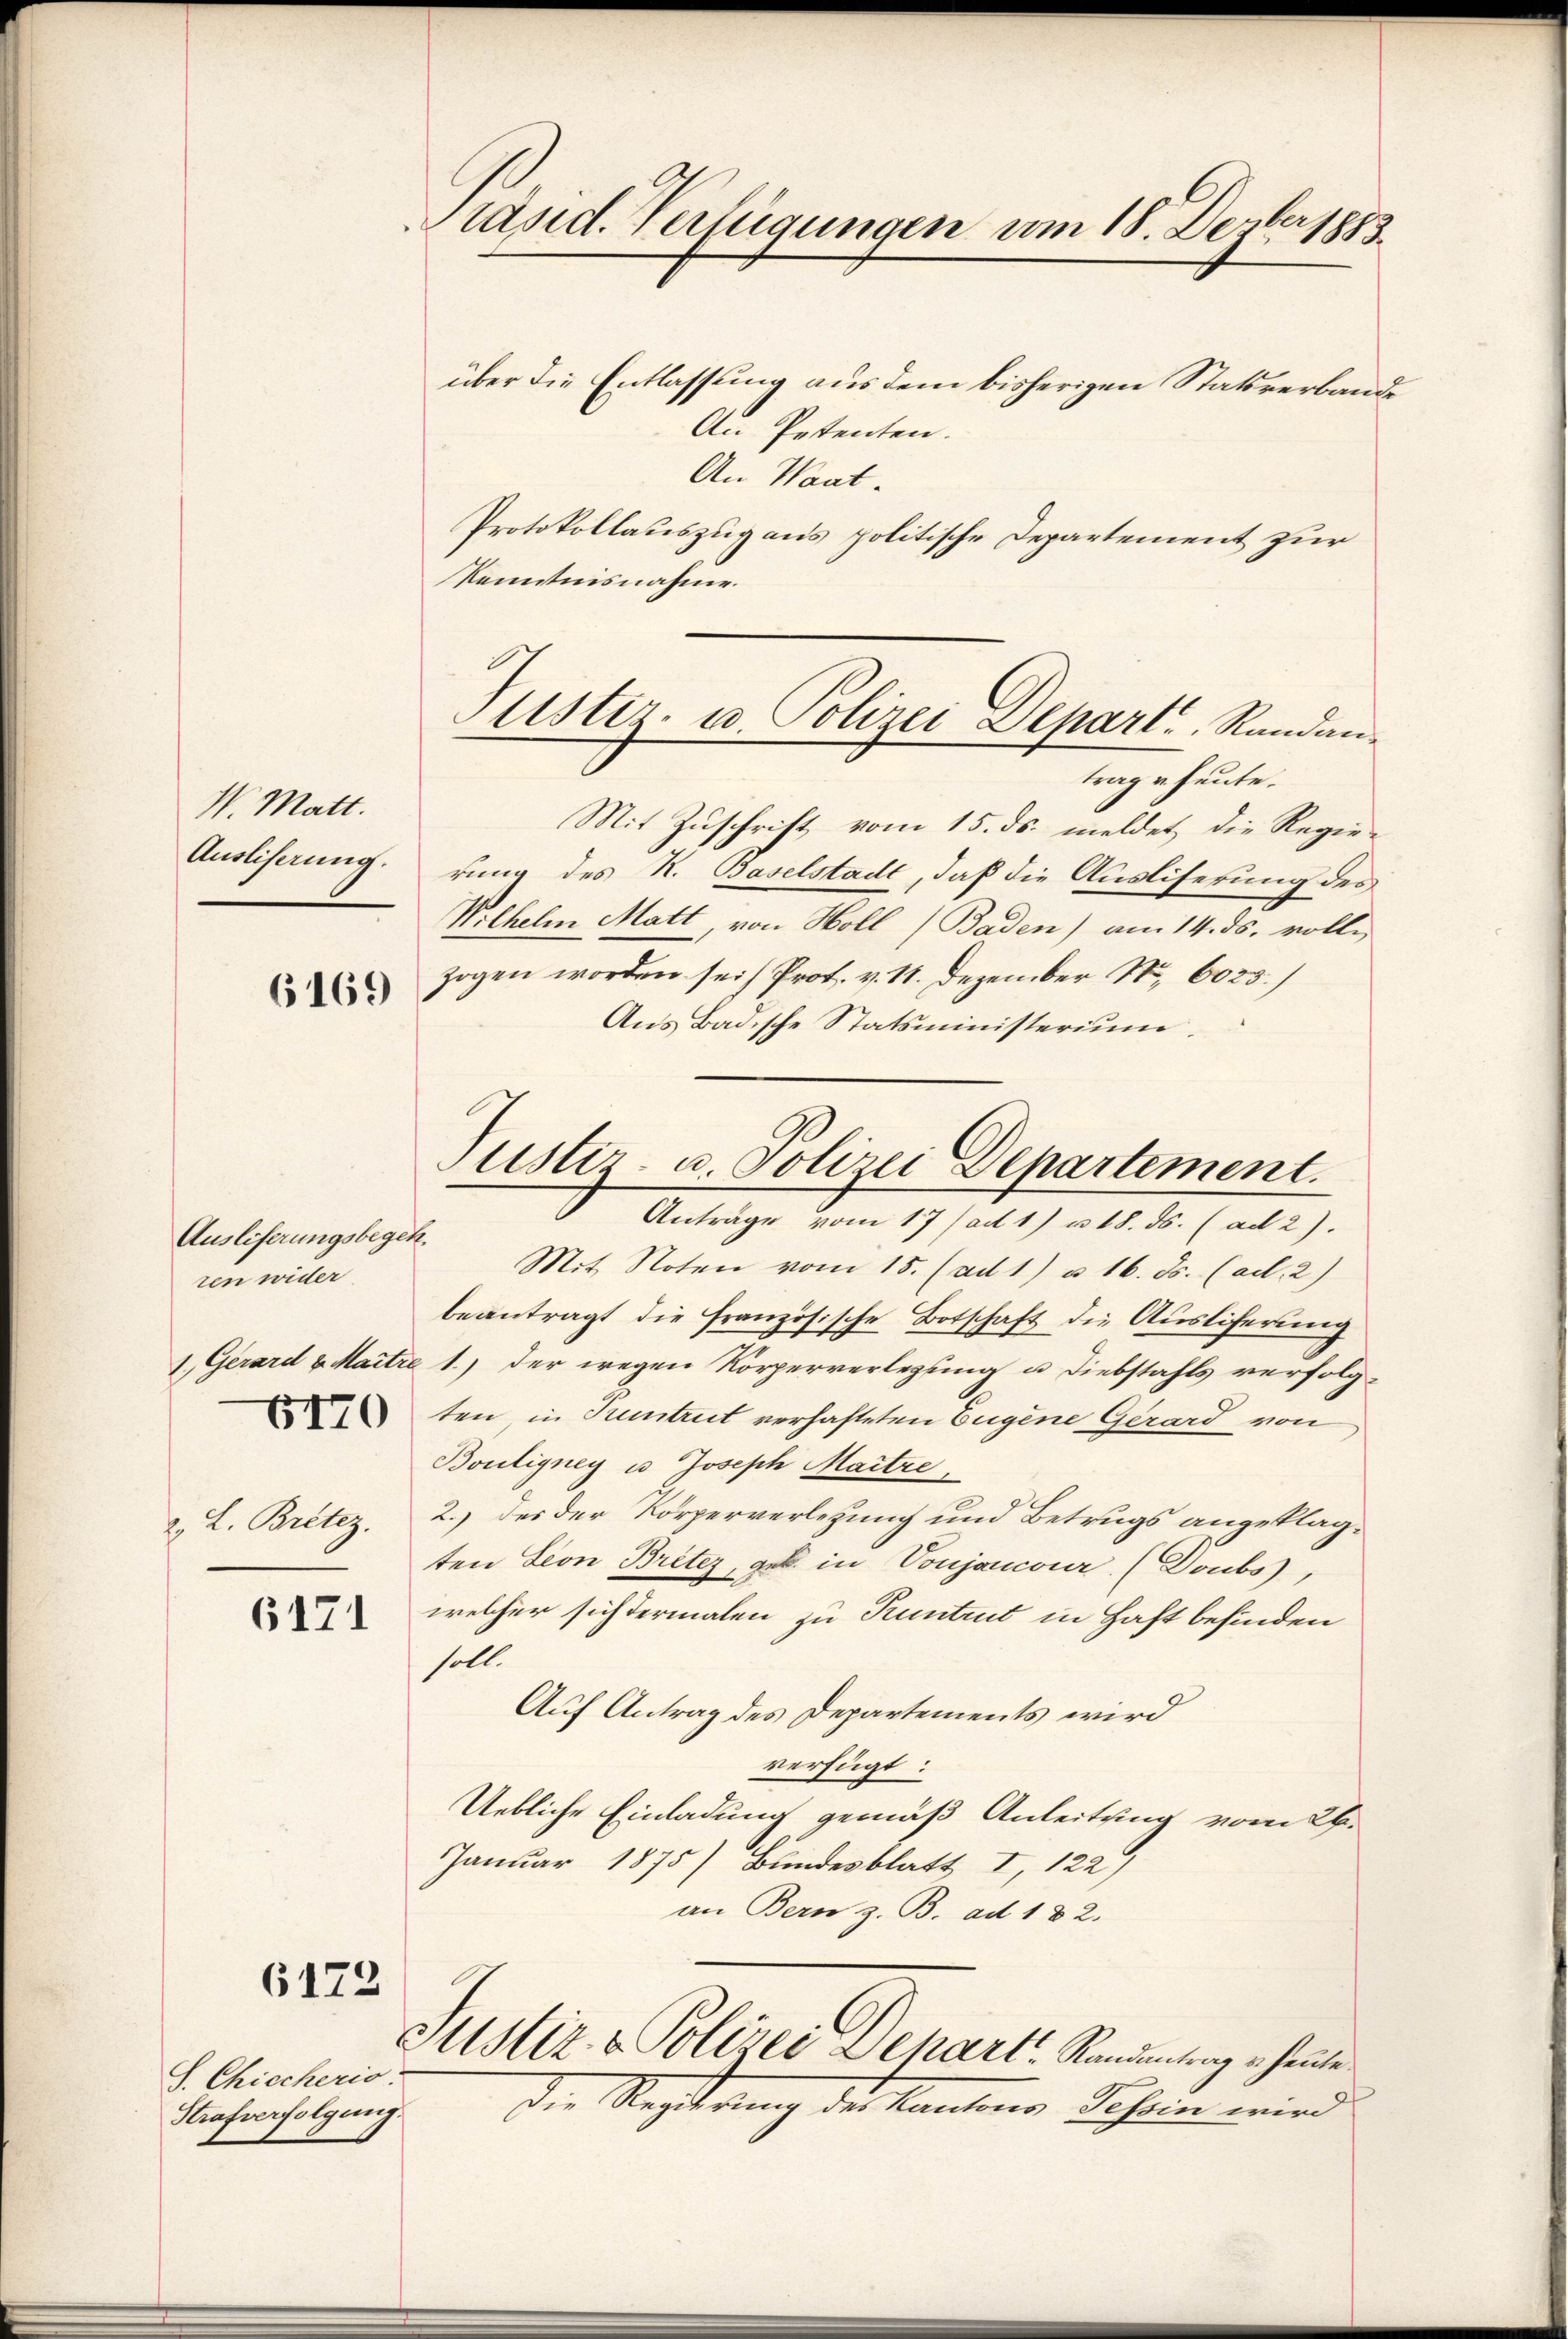
W. Matt.
Ausliserung.

6169

Ausliferungsbegeh
ren wider
2. L. Britez.

6171

6173

S. Chiecherio.
Strafverfolgung.

Präsid. Verfügungen vom 18. Depber 1883.

über die Entlassung aus dem bisherigen Statsverbande
An Petenten.
An Want.
Protokollauszug aus politische Departement zur
Kenntnisnahme.
Mit Zuschrift vom 15. ds. meldet die Regierung des K. Baselstadt, daß die Ausliserung des
Wilhelm Matt, von Holl (Baden) am 14. ds. volle
zogen worden sei) Prot. v. 11. Dezember Nr. 6025.)
Aus Badische Statsministerium.

Justiz- u. Polizei-Separt., Randantrage heute.

Justiz- u. Polizei Departement.
Antrage vom 17 (ad 1) u. 18. ds. (ad 2).

Mit Noten vom 15. (ad 1) u. 16. ds. (ad.2)
beantragt die Französische Botschaft die Ausliferung
1. Gerard u. Maitre 1.) der wegen Körperverlegung u. Diebstahls verfolg
ten, in Tuntrut verhafteten Eugene Gerard von
Bouligney u. Joseph Maitre
2.) des der Körperverletzung und Betrugs angeklagten Leon Briter, geb. in Vonjancour (Doubs,
welcher sich dermalen zu Kuntrut in Haft befinden
soll.
Auf Antrag des Departements wird
verfügt:
Uebliche Einladung gemäß Anleitung vom 26.
Januar 1875) Bundesblatt I, 122)
an Bern z. B. ad 182.
Justiz- & Polizei Depart Randantrage heute
Die Regierung des Kantons Tessin wird